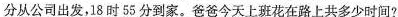
分从公司出发，18时55分到家。爸爸今天上班花在路上共多少时间?